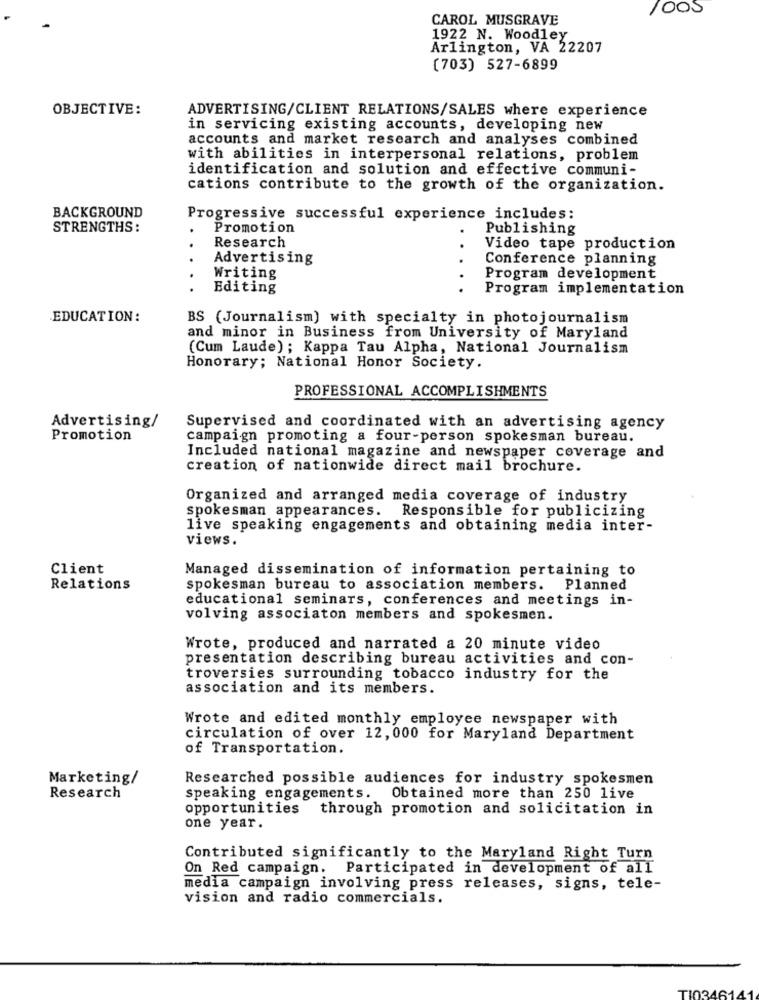
CAROL MUSGRAVE
1922 N. Woodley
Arlington, VA 22207
(703) 527-6899
OBJECTIVE:
ADVERTISING/CLIENT RELATIONS/SALES where experience
in servicing existing accounts, developing new
accounts and market research and analyses combined
with abilities in interpersonal relations, problem
identification and solution and effective communi-
cations contribute to the growth of the organization.
BACKGROUND
Progressive successful experience includes:
STRENGTHS:
Promotion
Publishing
.
Research
Video tape production
Advertising
Conference planning
Writing
Program development
Editing
Program implementation
EDUCATION:
BS (Journalism) with specialty in photojournalism
and minor in Business from University of Maryland
(Cum Laude); Kappa Tau Alpha, National Journalism
Honorary; National Honor Society.
PROFESSIONAL ACCOMPLISHMENTS
Advertising/
Supervised and coordinated with an advertising agency
Promotion
campaign promoting a four-person spokesman bureau.
Included national magazine and newspaper coverage and
creation of nationwide direct mail brochure.
Organized and arranged media coverage of industry
spokesman appearances. Responsible for publicizing
live speaking engagements and obtaining media inter-
views.
Client
Managed dissemination of information pertaining to
Relations
spokesman bureau to association members. Planned
educational seminars, conferences and meetings in-
volving associaton members and spokesmen.
Wrote, produced and narrated a 20 minute video
presentation describing bureau activities and con-
troversies surrounding tobacco industry for the
association and its members.
Wrote and edited monthly employee newspaper with
circulation of over 12, 000 for Maryland Department
of Transportation.
Marketing/
Researched possible audiences for industry spokesmen
Research
speaking engagements. Obtained more than 250 live
opportunities
through promotion and solicitation in
one year.
Contributed significantly to the Maryland Right Turn
On Red campaign.
Participated in development of all
media campaign involving press releases, signs, tele-
vision and radio commercials.
TIO